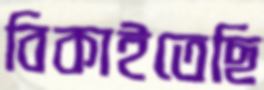
বিকাইতেছি